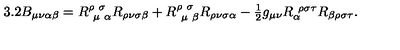
3 . 2 B _ { \mu \nu \alpha \beta } = R _ { \ \mu \ \alpha } ^ { \rho \ \sigma \ } R _ { \rho \nu \sigma \beta } + R _ { \ \mu \ \beta } ^ { \rho \ \sigma \ } R _ { \rho \nu \sigma \alpha } - \textstyle { \frac { 1 } { 2 } } g _ { \mu \nu } R _ { \alpha } ^ { \ \rho \sigma \tau } R _ { \beta \rho \sigma \tau } .